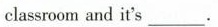
classroom and it's ______________.